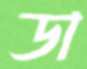
ডা